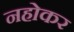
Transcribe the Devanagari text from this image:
नहोकर